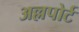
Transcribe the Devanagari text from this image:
अल्लपोर्ट